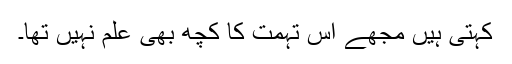
کہتی ہیں مجھے اس تہمت کا کچھ بھی علم نہیں تھا۔